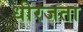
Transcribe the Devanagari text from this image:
धीरजता